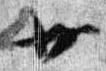
廿